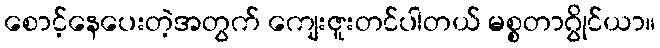
စောင့်နေပေးတဲ့အတွက် ကျေးဇူးတင်ပါတယ် မစ္စတာဂွိုင်ယာ။